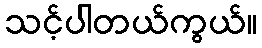
သင့်ပါတယ်ကွယ်။